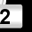
Digit: 2